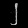
Digit: ၂